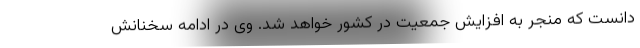
دانست که منجر به افزایش جمعیت در کشور خواهد شد. وی در ادامه سخنانش